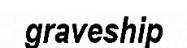
graveship